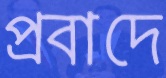
প্রবাদে